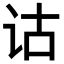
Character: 诂